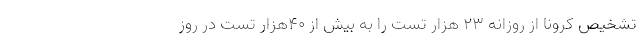
تشخیص کرونا از روزانه ۲۳ هزار تست را به بیش از ۴۰هزار تست در روز